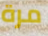
مرة